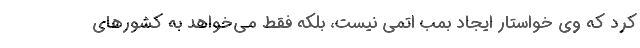
کرد که وی خواستار ایجاد بمب اتمی نیست، بلکه فقط می‌خواهد به کشورهای